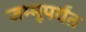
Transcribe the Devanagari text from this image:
जम्मूपर्यंत